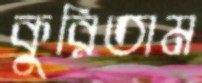
কুরিতাম